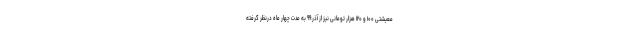
معیشتی ۱۰۰ و ۱۲۰ هزار تومانی نیز از آذر ۹۹ به مدت چهار ماه درنظر گرفته